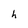
Character: h